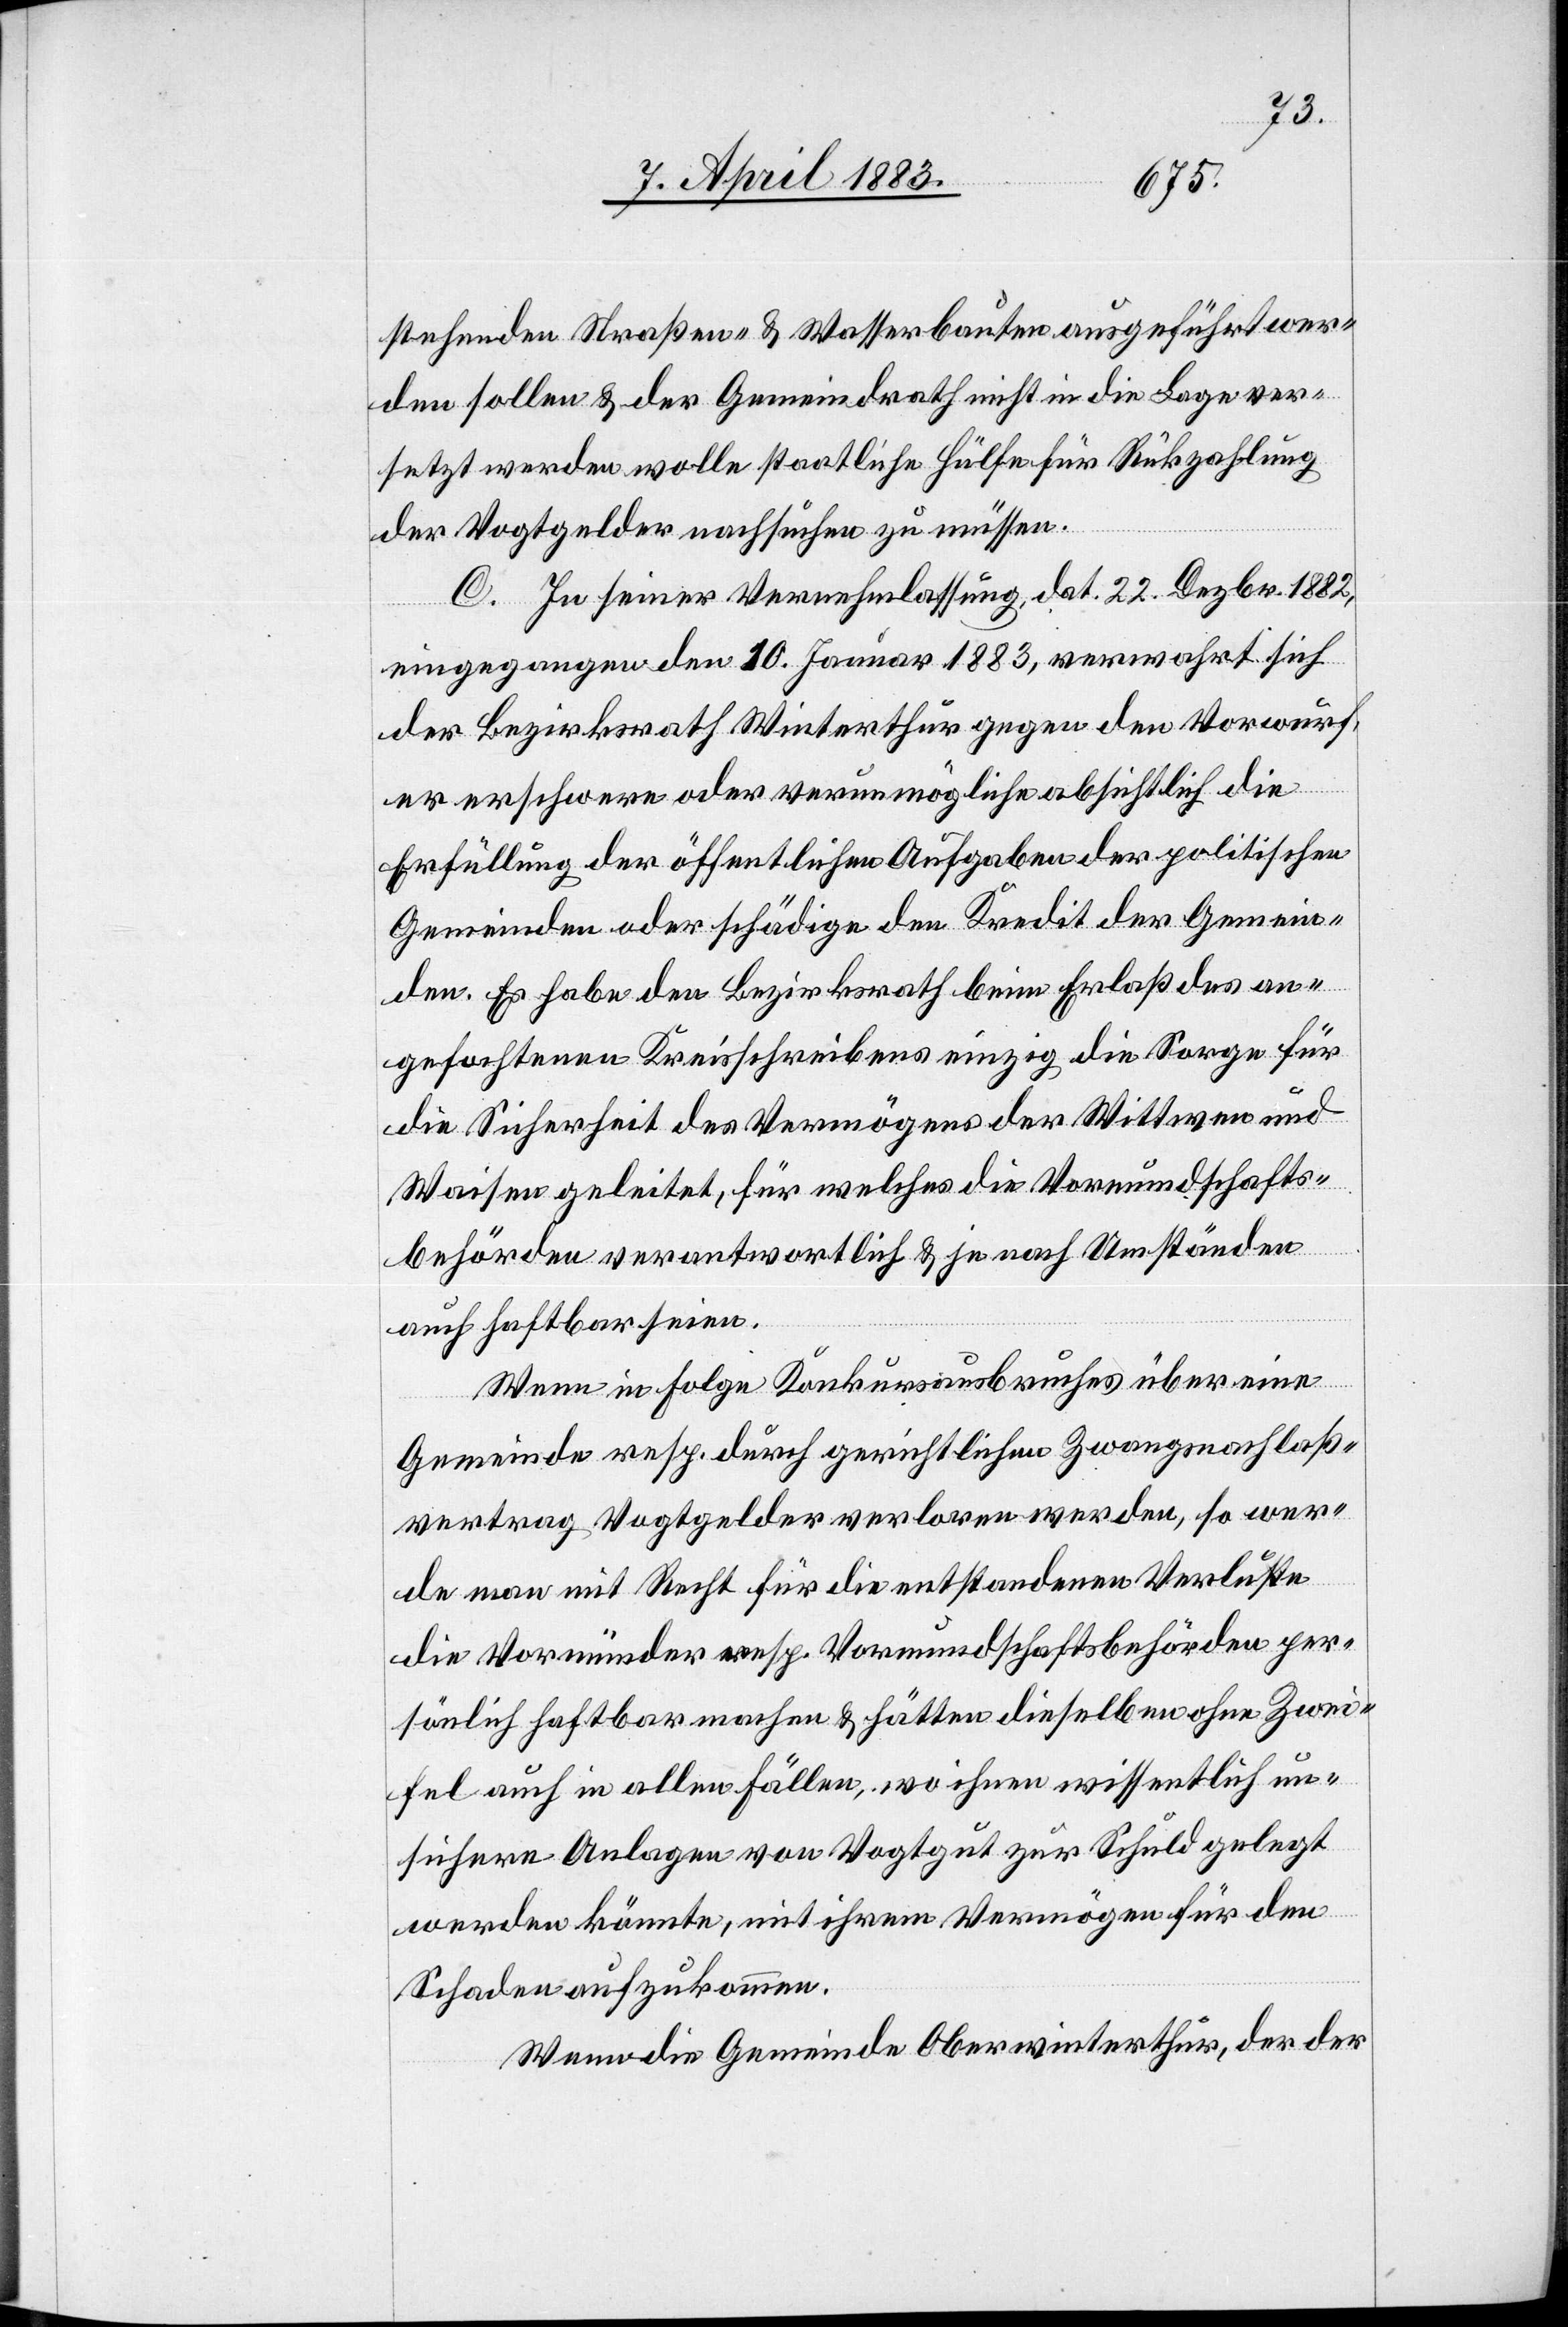
stehenden Straßen- & Wasserbauten ausgeführt wer¬
den sollen & der Gemeindrath nicht in die Lage ver¬
setzt werden wolle, staatliche Hülfe für Rückzahlung
der Vogtgelder nachsuchen zu müssen.
C. In seiner Vernehmlassung, dat. 22. Dezbr. 1882,
eingegangen den 10. Januar 1883, verwahrt sich
der Bezirksrath Winterthur gegen den Vorwurf,
er erschwere oder verunmögliche absichtlich die
Erfüllung der öffentlichen Aufgaben der politischen
Gemeinden oder schädige den Kredit der Gemein¬
den. Es habe den Bezirksrath beim Erlaß des an¬
gefochtenen Kreisschreibens einzig die Sorge für
die Sicherheit des Vermögens der Wittwen und
Waisen geleitet, für welches die Vormundschafts¬
behörde verantwortlich & je nach Umständen
auch haftbar seien.
Wenn in Folge Konkursausbruches über eine
Gemeinde resp. durch gerichtlichen Zwangsnachlaß¬
vertrag Vogtgelder verloren werden, so wer¬
de man mit Recht für die entstandenen Verluste
die Vormünder resp. Vormundschaftsbehörden per¬
sönlich haftbar machen & hätten dieselben ohne Zwei¬
fel auch in allen Fällen, wo ihnen wissentlich un¬
sichere Anlagen von Vogtgut zur Schuld gelegt
werden könnte, mit ihrem Vermögen für den
Schaden aufzukommen.
Wenn die Gemeinde Oberwinterthur, der der